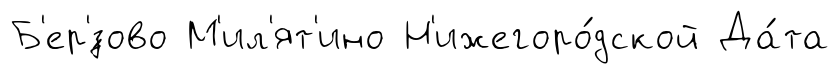
Б'ер'́зово М'ил'ят'ино Н'ижегоро́дской Да́та